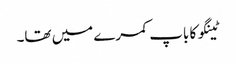
ٹینگو کا باپ کمرے میں تھا۔